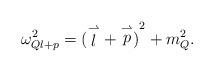
LaTeX: \begin{align*}\omega^2_{Ql+p}={(\stackrel{\rightharpoonup}{l}+\stackrel{\rightharpoonup}{p})}^2+m_Q^2.\end{align*}